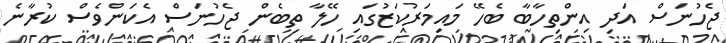
ޖެހުނަސް އަދި އިންތިހާބާ ބެހޭ މައިމަރުކަޒުގައި ހޭލާ ތިބެން ޖެހުނަސް އެކަންވެސް ކުރާނެ